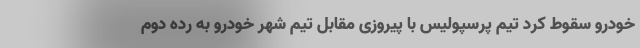
خودرو سقوط کرد تیم پرسپولیس با پیروزی مقابل تیم شهر خودرو به رده دوم